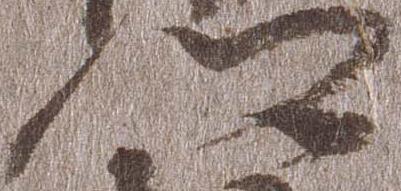
門